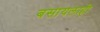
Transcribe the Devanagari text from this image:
बसायलाही